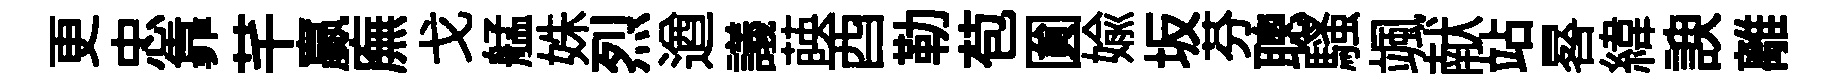
更忠靠芊贏廡戈艋姝烈遒議𦴤酉勒苞圎媮坂芬聰騷颯献站晷緯諛離